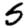
Digit: 5